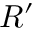
R ^ { \prime }